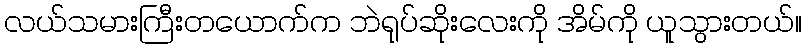
လယ်သမားကြီးတယောက်က ဘဲရုပ်ဆိုးလေးကို အိမ်ကို ယူသွားတယ်။